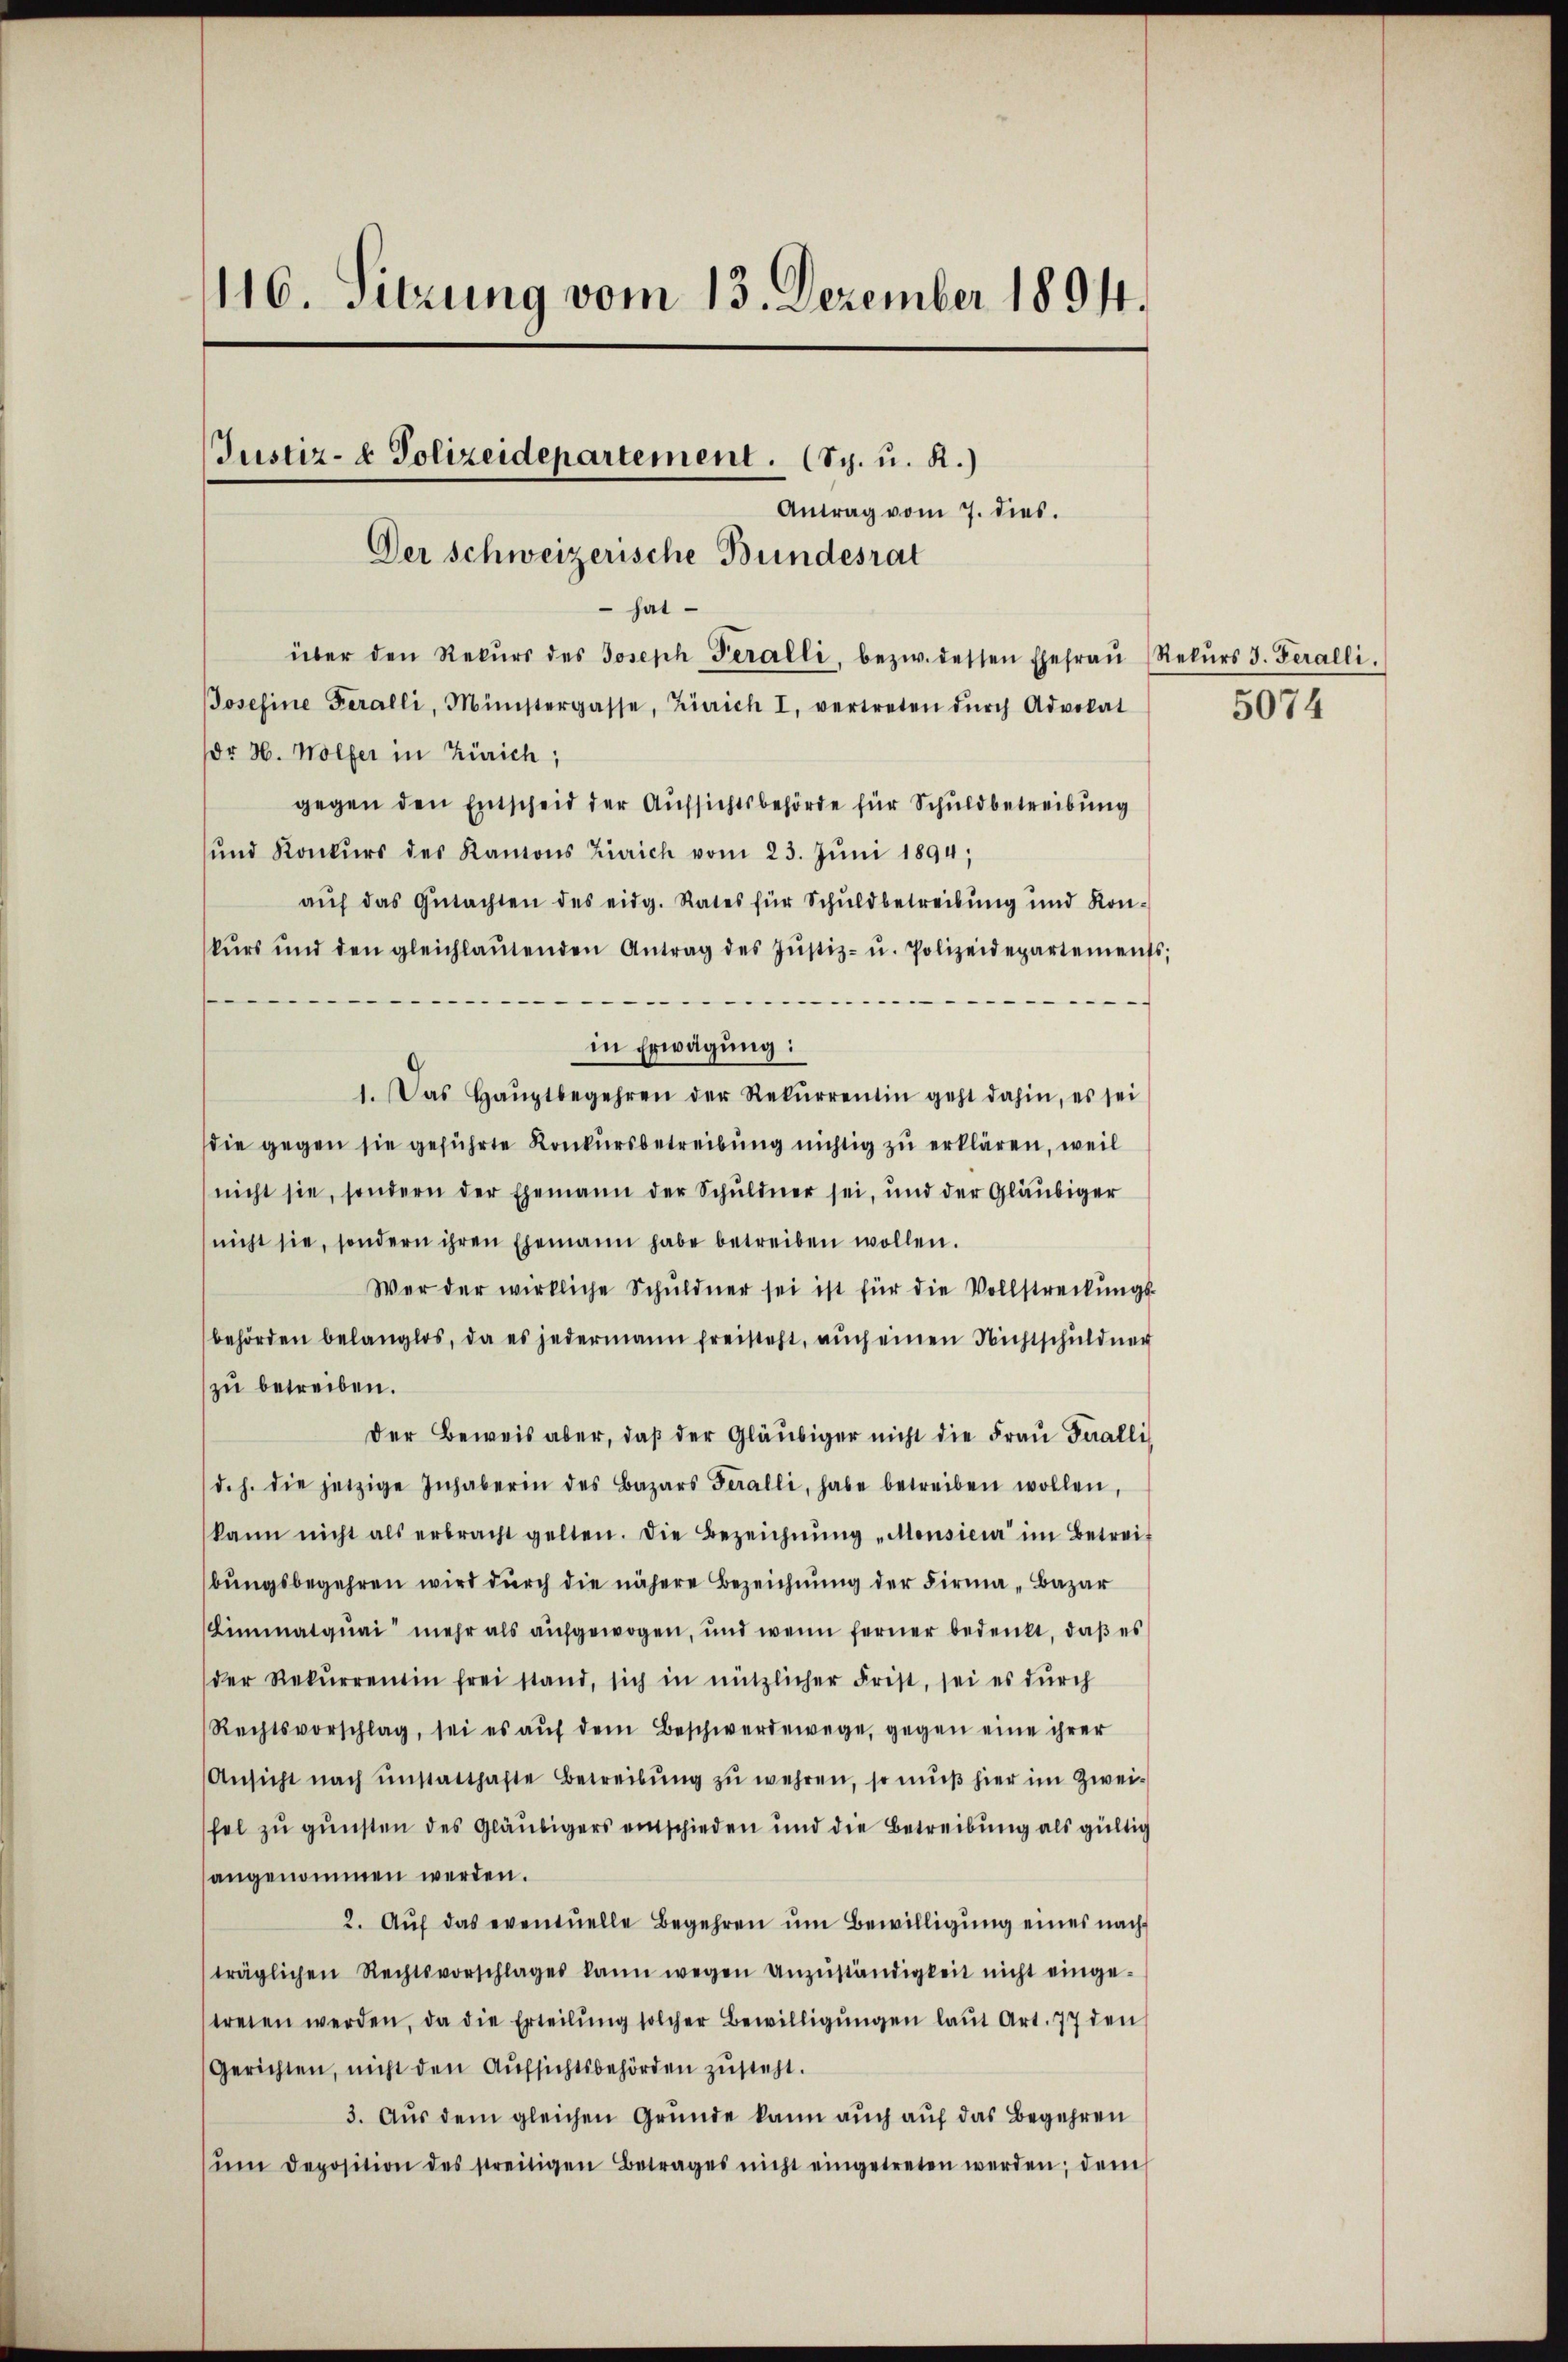
116. Sitzung vom 13. Dezember 1894.

hat
über den Rekŭrs des Joseph Peralli, bezw. dessen Ehefraŭ (Rekŭrs J. Feralli
Josefine Feralli, Münstergasse, Zürich I, vertreten dŭrch Advokat
dr H. Wolfer in Zürich;
gegen den Entscheid der Aufsichtsbehörde für Schuldbetreibung
und Konkŭrs des Kantons Zürich vom 23. Jŭni 1894;
aŭf das Gŭtachten des eidg. Rates für Schŭldbetreibŭng und Kon-
kŭrs und den gleichlaŭtenden Antrag des Jŭstiz- u. Polizeidepartements;
s
in Erwägung:
1. Das Haŭptbegehren der Rekŭrrentin geht dahin, es sei
die gegen sie geführte Konkursbetreibung nichtig zu erklären, weil
nicht sie, sondern der Ehemann der Schuldner sei, und der Gläubiger
nicht sie, sondern ihren Ehemann habe betreiben wollen.
Wer der wirkliche Schŭldner sei ist für die Vollstreckŭngs-
behörden belanglos, da es jedermann freisteht, aŭch einen Nichtschuldner
zu betreiben.
Der Beweis aber, daβ der Gläubiger nicht die Frau Saalli
d. h. die jetzige Inhaberin des Bazars Feralli, habe betreiben wollen,
kann nicht als erbracht gelten. Die Bezeichnŭng "Monsieur im Betreif
bungsbegehren wird durch die nähere Bezeichnung der Firma „Bazar
(Limmatquai mehr als aufgewogen, und wenn ferner bedenkt, daß es
der Rekŭrrentin frei stand, sich in nützlicher Frist, sei es dŭrch
Rechtsvorschlag, sei es aŭf dem Beschwerdewege, gegen eine ihrer
Ansicht nach ŭnstatthafte Betreibŭng zŭ wehren, so muß hier im Zweifel zu gunsten des Gläubigers einschieden und die Betreibung als gültig
angenommen werden.
2. Aŭf das eventuelle Begehren ŭm Bewilligŭng eines nach
träglichen Rechtsvorschlages kann wegen anzŭständigkeit nicht einge-
treten werden, da die Erteilŭng solcher Bewilligŭngen laŭt Art. 77 den
Gerichten, nicht den Aufsichtsbehörden zusteht.
3. Aus dem gleichen Grunde kann auch auf das Begehren
ŭm Deposition des streitigen Betrages nicht eingetreten werden; dem

Justiz- & Polizeidepartement. (Sch. u. R.)
Antrag vom 7. dies.
Der Schweizerische Bundesrat

5074